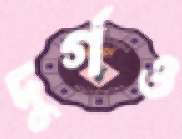
দুর্গও